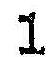
1